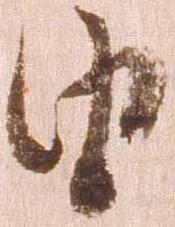
由